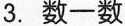
3. 数一数